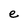
Character: e